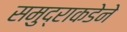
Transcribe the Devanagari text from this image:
समुद्राकडेने